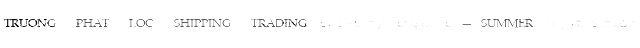
نفت‌کش SUMMER 5- به بهانه ارتباط با TRUONG PHAT LOC SHIPPING TRADING